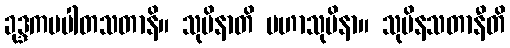
ခုဒ္ဒကပပါတသတာနိ။ သုပိနာတိ မဟာသုပိနာ။ သုပိနသတာနီတိ